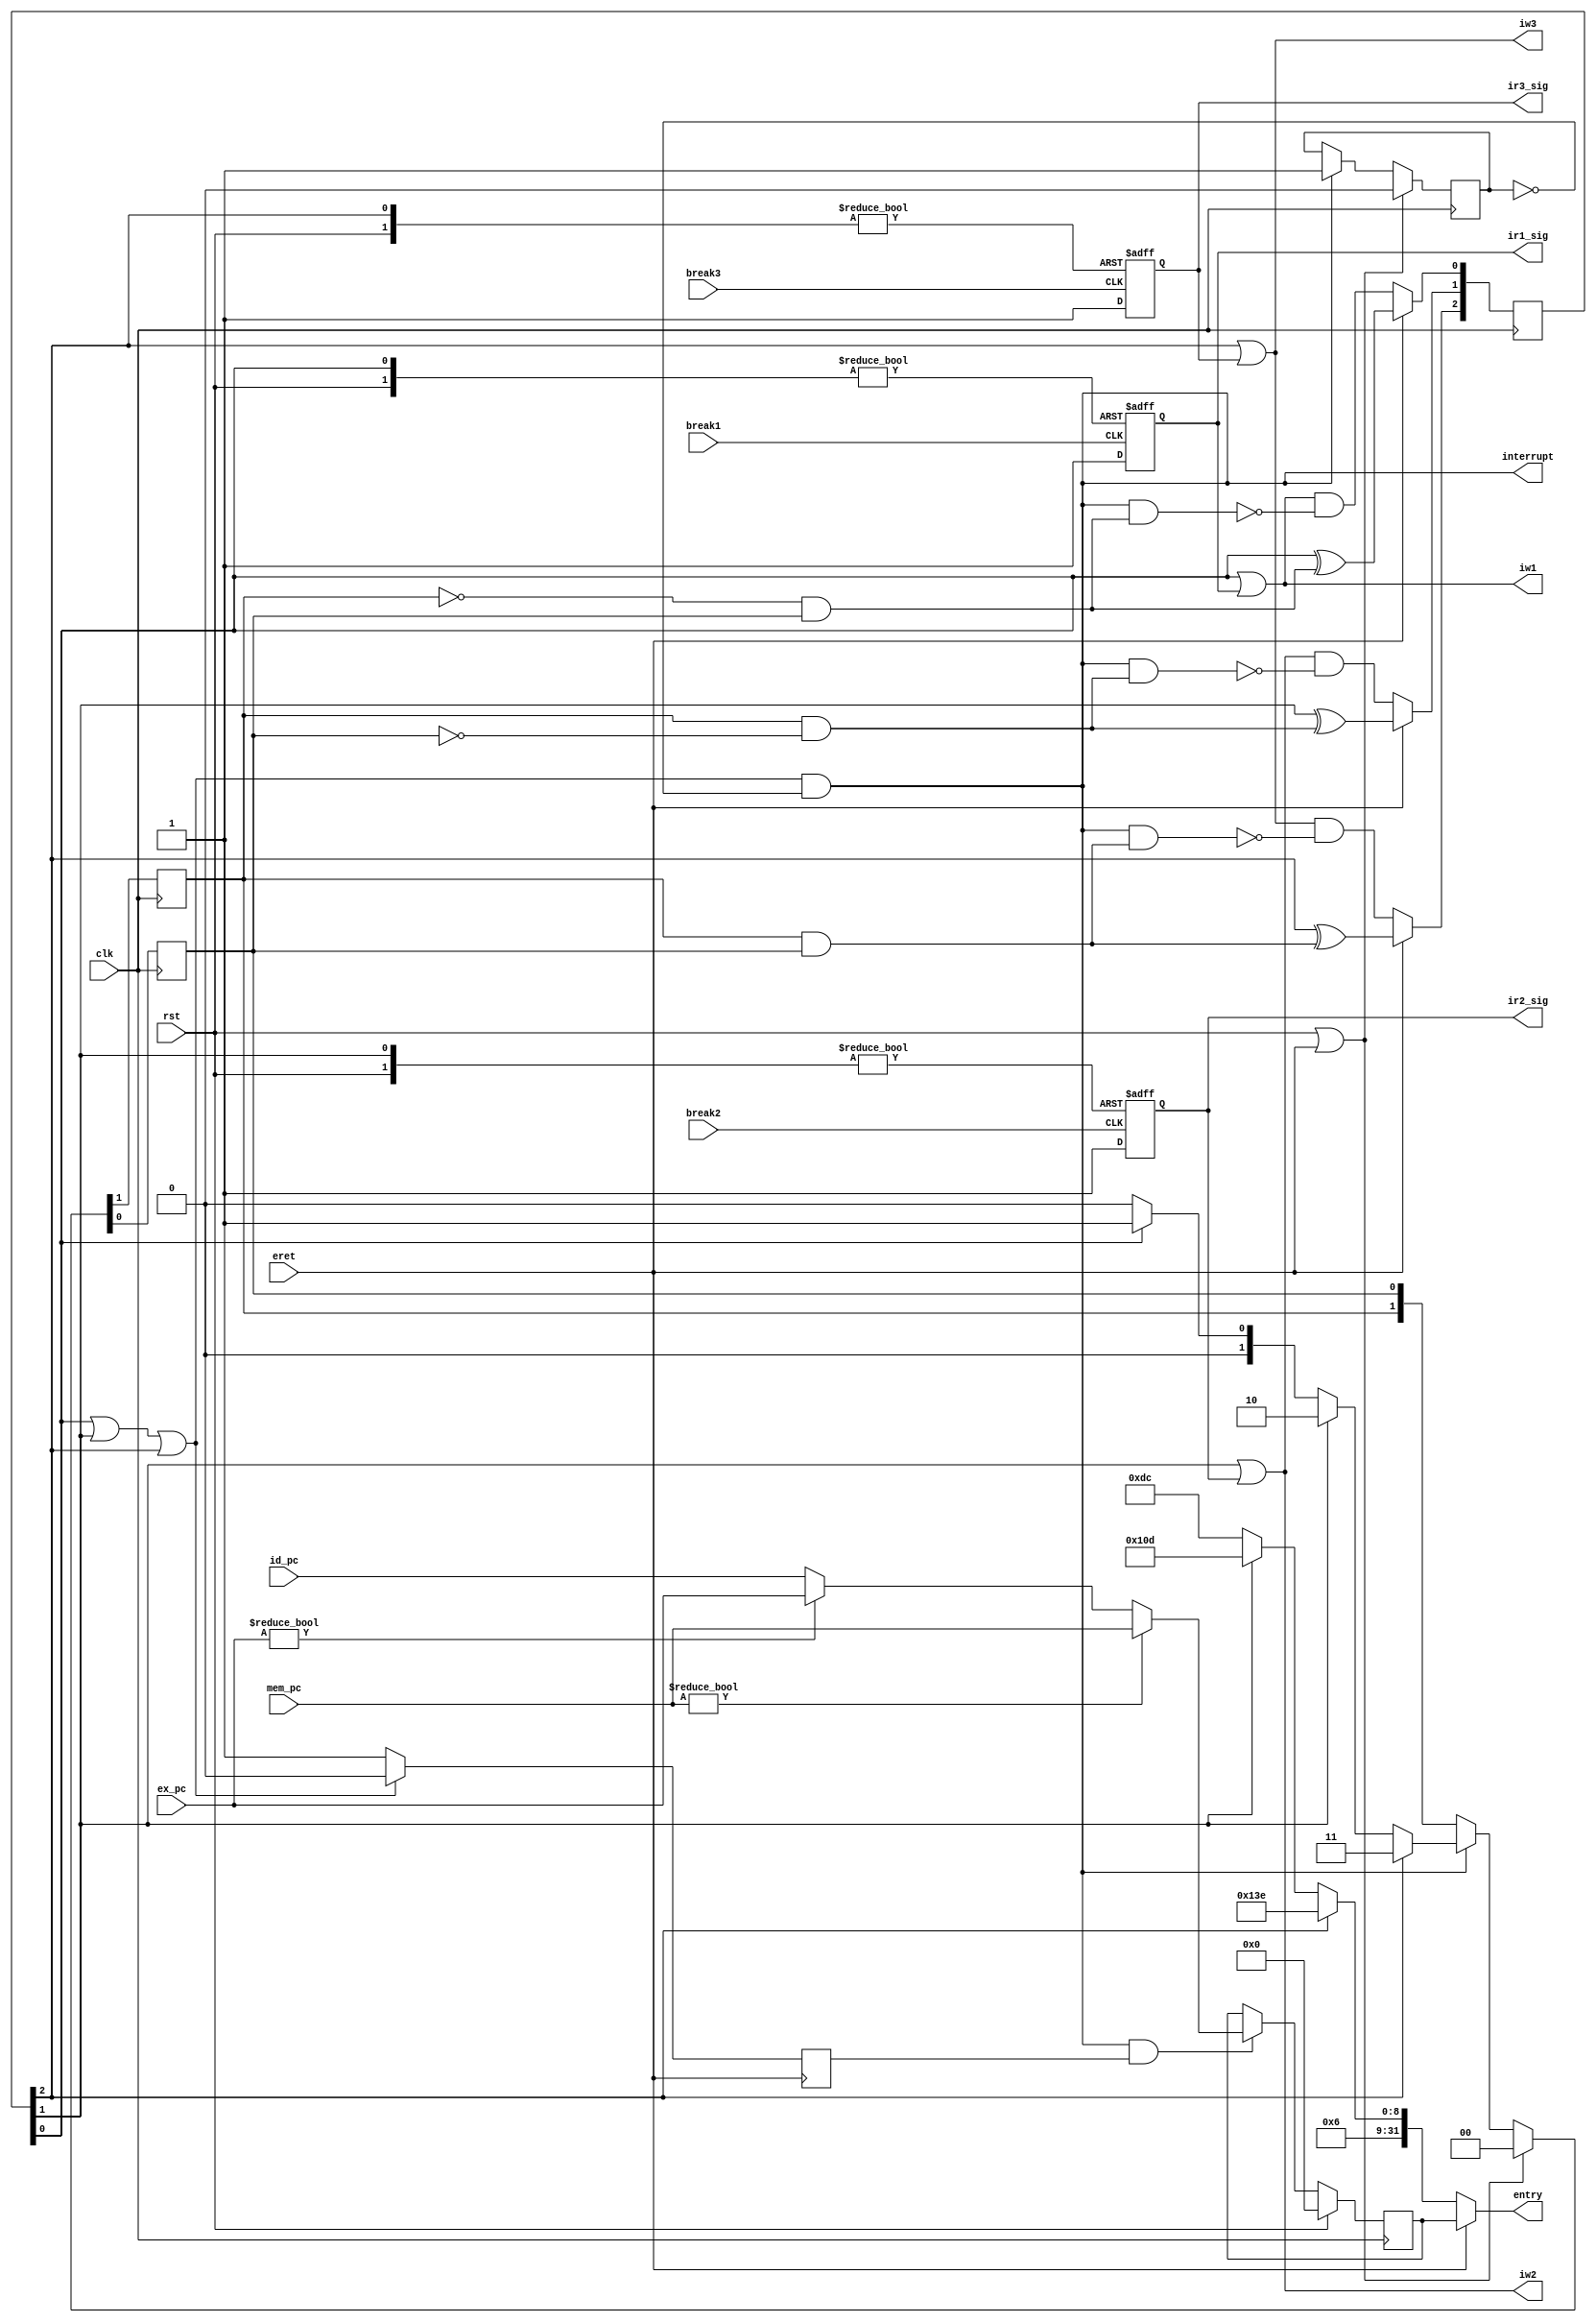
`timescale 1ns / 1ps

//
//WBPCnpc
module interruption(	
	input 		clk,			//
	input 		rst, 			//
	input 		eret,			//ext 
	input 		break1, break2, break3,
    input		[31:0] id_pc, ex_pc, mem_pc, 	//WBPCEPC
    output		iw1, iw2, iw3, interrupt,
    output     	[31:0] entry, 	//PC
    output reg ir1_sig, ir2_sig, ir3_sig
    );
	parameter ENTRY1=32'h0cdc, ENTRY2=32'h0d0d, ENTRY3=32'h0d3e;//IPC
    initial begin
        ir1_sig <= 0;
        ir2_sig <= 0;
        ir3_sig <= 0;

    end
	/*C0*/
	reg [31:0]	epc = 0;				//, 00000
	reg			ie  = 0;				//,0,      00001
	reg [2:0]	ir  = 0;                 //                          00010
	reg			h = 0, l = 0;
    reg         epc_ok = 1;
	/*, */
	wire [31:0]npc;
	assign npc = (mem_pc!=0)?mem_pc:(ex_pc!=0?ex_pc:id_pc);
    assign interrupt = (ir[0] | ir[1] | ir[2]) & ~ie;
	assign entry  = eret? epc :(ir[2] ? ENTRY3 : (ir[1] ? ENTRY2 : ENTRY1));		//
    initial begin
         epc_ok = 1;
    end
	always @(posedge clk) begin
		if(rst) begin
			epc <= 0;
		end
		else begin
			
			if(interrupt & epc_ok) begin  epc <= npc;end
			else begin epc <= epc;end
		end
	end
    always @(posedge clk) begin
        if (rst | eret) begin
            {h, l} <= 0;
            ie <= 0;
        end
        else if (interrupt) begin
            ie <= 1;
            {h, l} <= ir[2] ? 2'b11  : (ir[1] ? 2'b10  : (ir[0]?2'b01:2'b00));
        end
        else begin
            {h, l} <= {h, l};
            ie <= ie;
        end
    end
    always @(negedge eret) begin
        if(ir[0] | ir[1] | ir[2]) begin
            epc_ok <= 0;
        end
        else begin
            epc_ok <= 1;
        end
    end
	/**/
    //reg ir1_sig = 0, ir2_sig = 0, ir3_sig = 0;
    assign iw1 = ir[0] | ir1_sig;
    assign iw2 = ir[1] | ir2_sig;
    assign iw3 = ir[2] | ir3_sig;
    always @(posedge clk) begin
    	if(rst) begin
    		ir[0] <= 0;
    		ir[1] <= 0;
    		ir[2] <= 0;
		end
        if(eret) begin
            ir[0] <= ir[0] ^ (~h &  l);
            ir[1] <= ir[1] ^ ( h & ~l);
            ir[2] <= ir[2] ^ ( h &  l);
        end
		else begin
    		ir[0] <= iw1 & ~( interrupt & (~h &  l));
    		ir[1] <= iw2 & ~( interrupt & ( h & ~l));
    		ir[2] <= iw3 & ~( interrupt & ( h &  l));
		end
    end
    always @(posedge break1 or posedge ir[0] or posedge rst) begin
        if(rst) begin
            ir1_sig <= 0;
        end
        else if (ir[0]) begin
            ir1_sig <= 0;
        end
        else begin
            ir1_sig <= 1;
        end
    end
    always @(posedge break2 or posedge ir[1] or posedge rst) begin
        if(rst) begin
            ir2_sig <= 0;
        end
        else if (ir[1]) begin
            ir2_sig <= 0;
        end
        else begin
            ir2_sig <= 1;
        end
    end
    always @(posedge break3 or posedge ir[2] or posedge rst) begin
        if(rst) begin
            ir3_sig <= 0;
        end
        else if (ir[2]) begin
            ir3_sig <= 0;
        end
        else begin
            ir3_sig <= 1;
        end
    end
endmodule